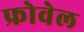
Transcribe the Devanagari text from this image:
फ्रोवेल